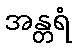
အန္တရံ